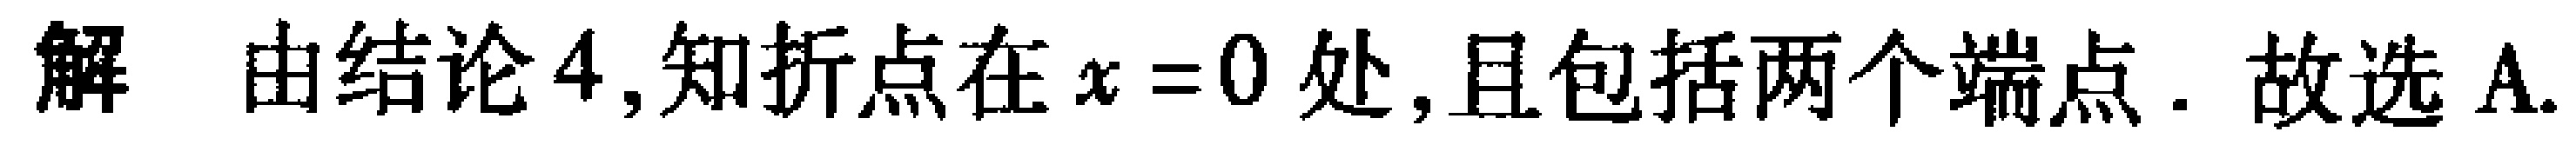
解 由结论 4,知折点在\(x = 0\)处,且包括两个端点. 故选 A.